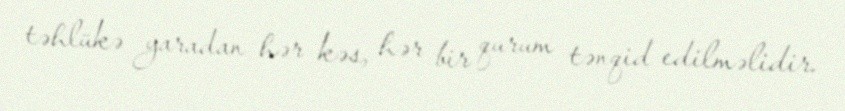
təhlükə yaradan hər kəs, hər bir qurum tənqid edilməlidir.